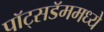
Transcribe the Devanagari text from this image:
पॉट्सडॅममध्ये